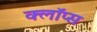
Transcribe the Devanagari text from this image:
क्लॉप्स